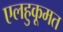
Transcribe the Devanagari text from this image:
एलहुकूमत